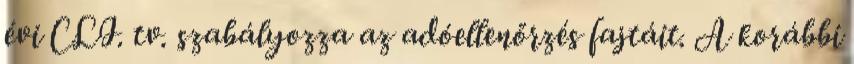
évi CLI. tv. szabályozza az adóellenőrzés fajtáit. A korábbi